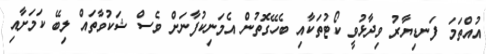
އުއްތަމަ ފަނޑިޔާރު ވިދާޅުވީ ކޯޓުތަކާއި ބެހޭގޮތުން އެމަނިކުފާނަށް ވެސް ޝަކުވާތައް ލިބޭ ކަމަށާއި